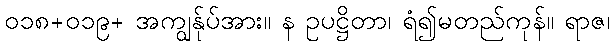
၀၁၈+၀၁၉+ အကျွန်ုပ်အား။ န ဥပဋ္ဌိတာ၊ ရံ၍မတည်ကုန်။ ရာဇ၊